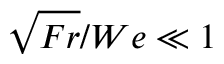
\sqrt { F r } / W e \ll 1